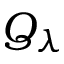
Q _ { \lambda }